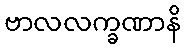
ဗာလလက္ခဏာနိ